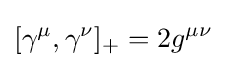
[\gamma ^{\mu },\gamma ^{\nu }]_{+}=2g^{\mu \nu }